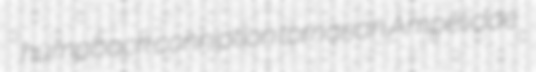
humpback conniption tornarian Ampelidae